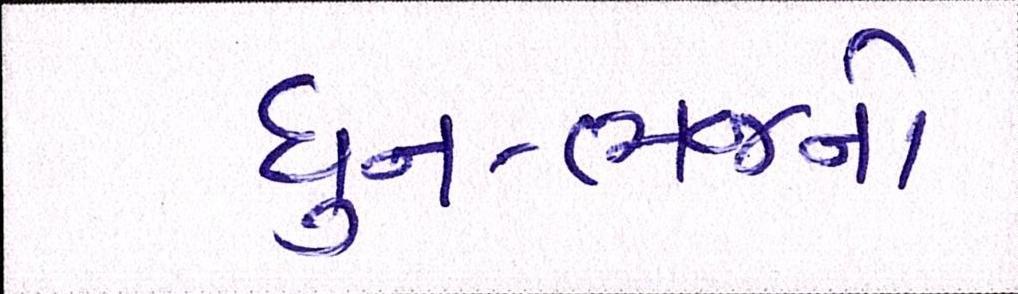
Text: ધુન-ભજનો